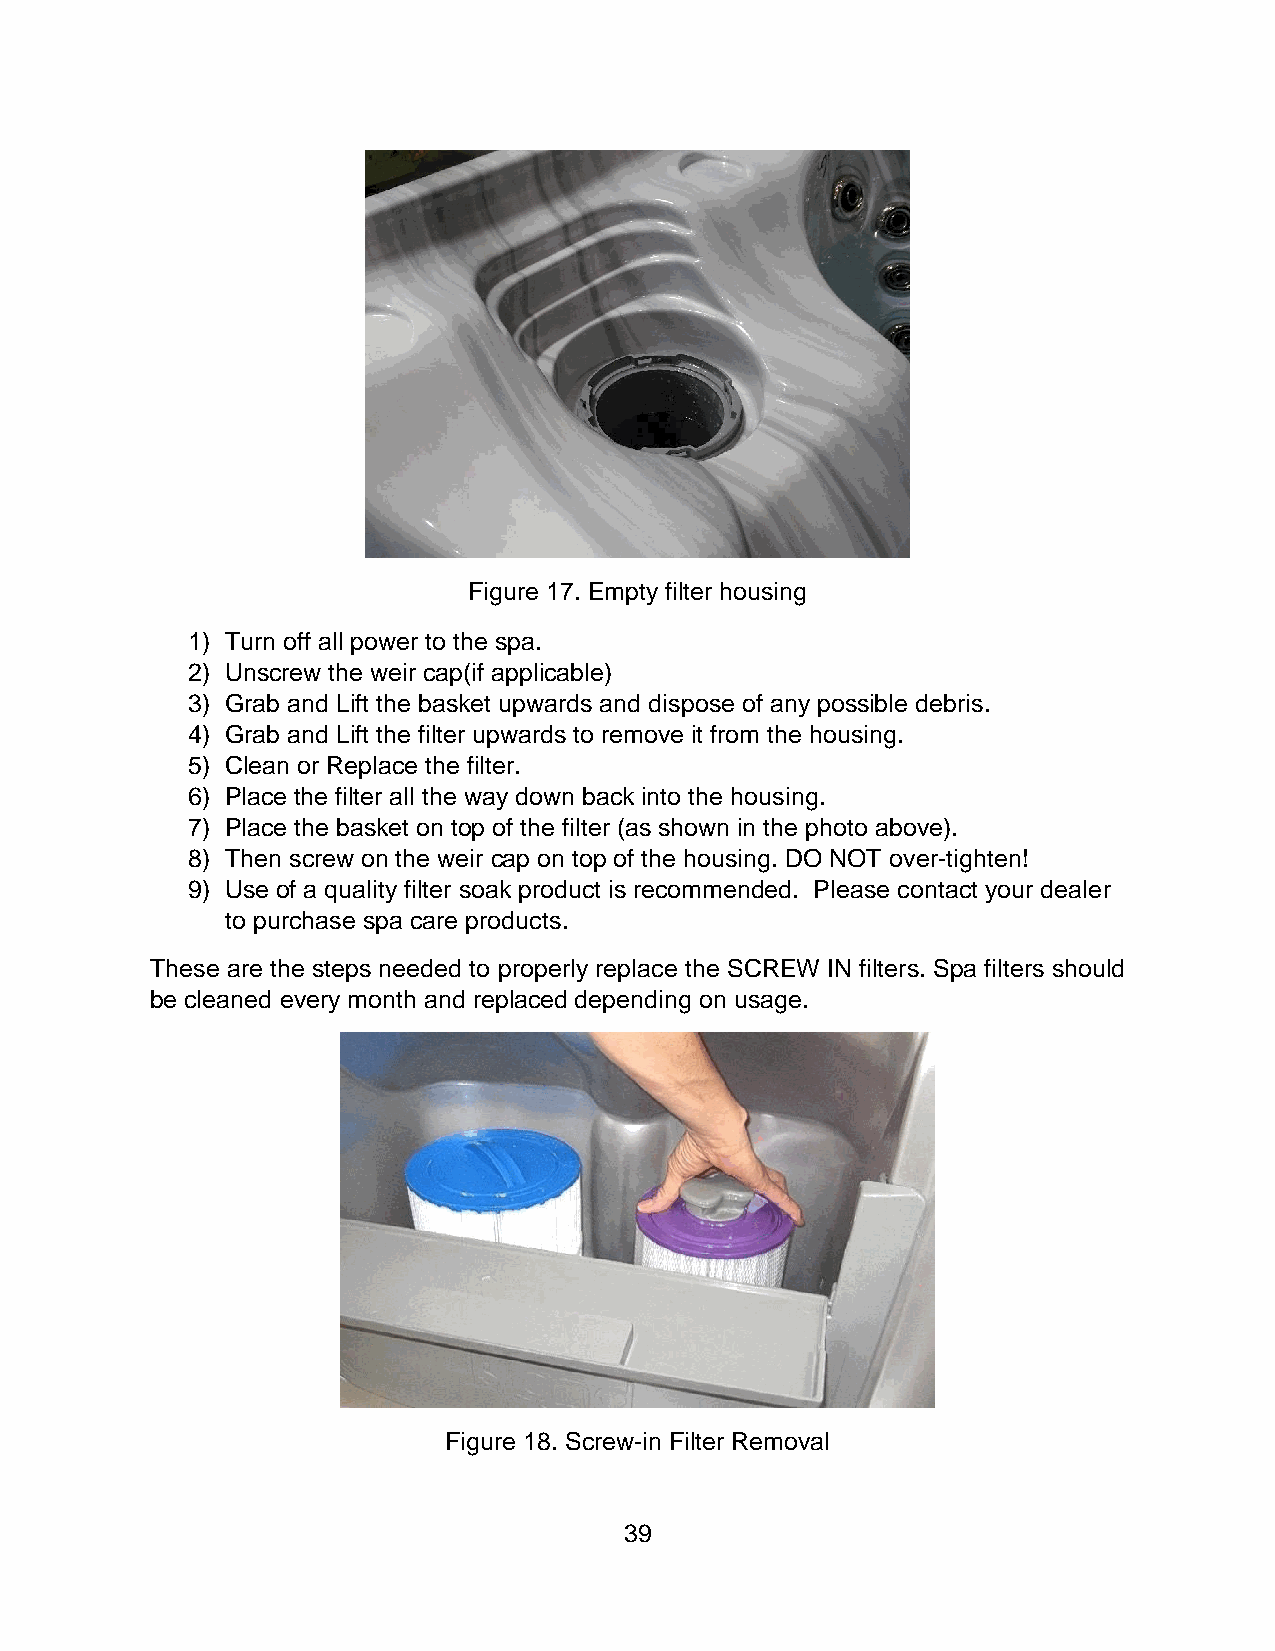
Figure 17. Empty filter housing
 1) Turn off all power to the spa.
 2) Unscrew the weir cap(if applicable)
 3) Grab and Lift the basket upwards and dispose of any possible debris.
 4) Grab and Lift the filter upwards to remove it from the housing.
 5) Clean or Replace the filter.
 6) Place the filter all the way down back into the housing.
 7) Place the basket on top of the filter (as shown in the photo above).
 8) Then screw on the weir cap on top of the housing. DO NOT over-tighten!
 9) Use of a quality filter soak product is recommended. Please contact your dealer
 to purchase spa care products.
 These are the steps needed to properly replace the SCREW IN filters. Spa filters should
 be cleaned every month and replaced depending on usage.
 Figure 18. Screw-in Filter Removal
 39